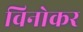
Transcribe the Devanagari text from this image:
विनोकर